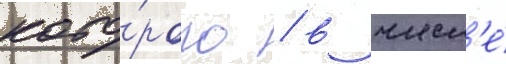
кото́рого / в числ'е́